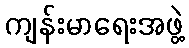
ကျန်းမာရေးအဖွဲ့